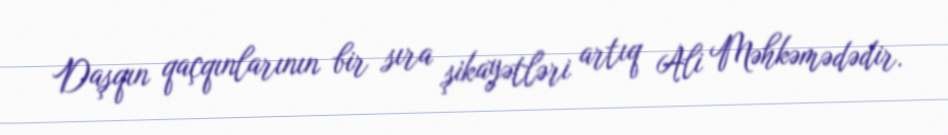
Daşqın qaçqınlarının bir sıra şikayətləri artıq Ali Məhkəmədədir.